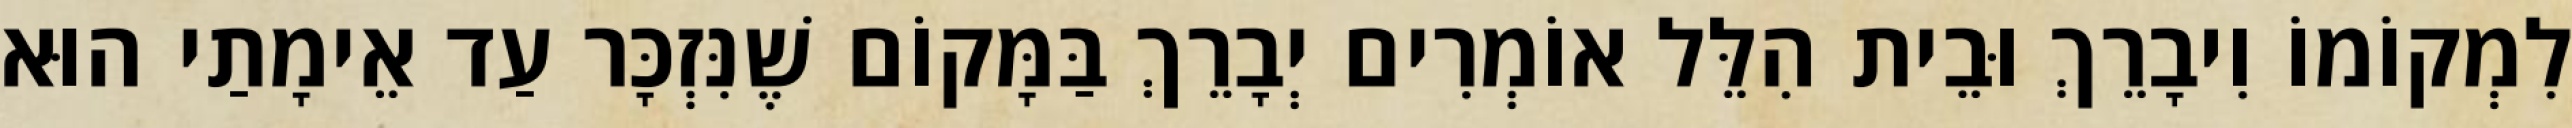
לִמְקוֹמוֹ וִיבָרֵךְ וּבֵית הִלֵּל אוֹמְרִים יְבָרֵךְ בַּמָּקוֹם שֶׁנִּזְכָּר עַד אֵימָתַי הוּא